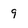
Character: 9